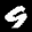
Label: 9